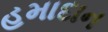
હમાદાન